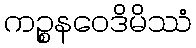
ကဉ္စနဝေဒိမိဿံ